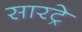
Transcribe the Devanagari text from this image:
सारट्रे